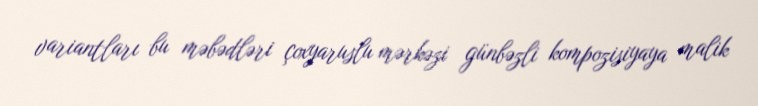
variantları bu məbədləri çoxyaruslu mərkəzi günbəzli kompozisiyaya malik